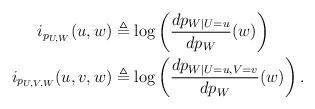
LaTeX: \begin{align*}i_{p_{U,W}}(u,w)&\triangleq\log\left(\frac{dp_{W|U=u}}{dp_W}(w)\right)\\i_{p_{U,V,W}}(u,v,w)&\triangleq\log\left(\frac{dp_{W|U=u,V=v}}{dp_W}(w)\right).\end{align*}